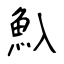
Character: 魞